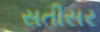
સતીસર